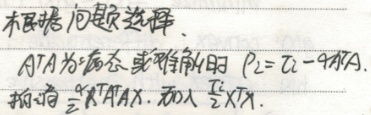
根据问题，当选择\(A^TA\)为病态或对称时，\(P_2 = U - 94A\)。构造\(\frac{2}{3} X^TA^TAX\)，以及\(\lambda \frac{I}{2} X^TX\)。